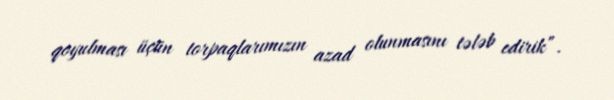
qoyulması üçün torpaqlarımızın azad olunmasını tələb edirik”.